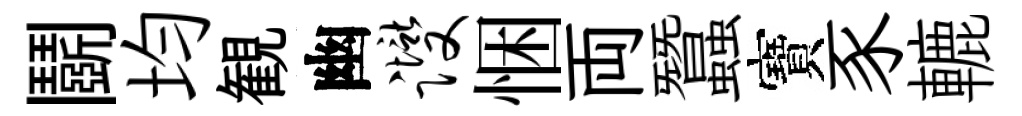
鬬均観幽躞悃両蠶寶豕轆